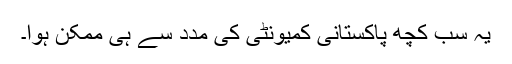
یہ سب کچھ پاکستانی کمیونٹی کی مدد سے ہی ممکن ہوا۔